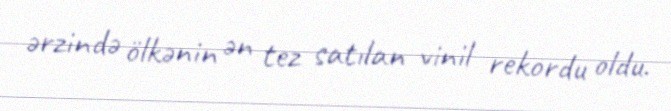
ərzində ölkənin ən tez satılan vinil rekordu oldu.